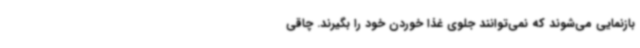
بازنمایی می‌شوند که نمی‌توانند جلوی غذا خوردن خود را بگیرند. چاقی